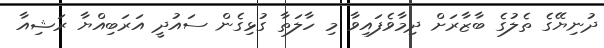
ދުނިޔޭގެ ތެލުގެ ބާޒާރަށް ދިމާވެފައިވާ މި ހާލަތާ ގުޅިގެން ސައުދީ އަރަބިއްޔާ ރަޝިއާ